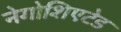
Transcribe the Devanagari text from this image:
नेगोशिएटेड